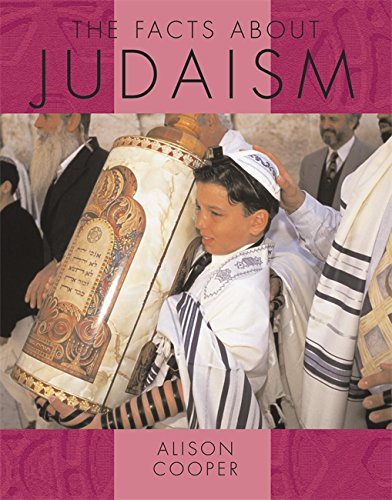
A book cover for Facts about Judaism (Dt); Teen & Young Adult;